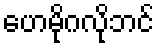
ဟေမိုဂလိုဘင်